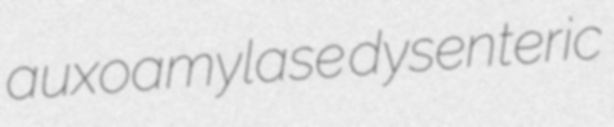
auxoamylase dysenteric